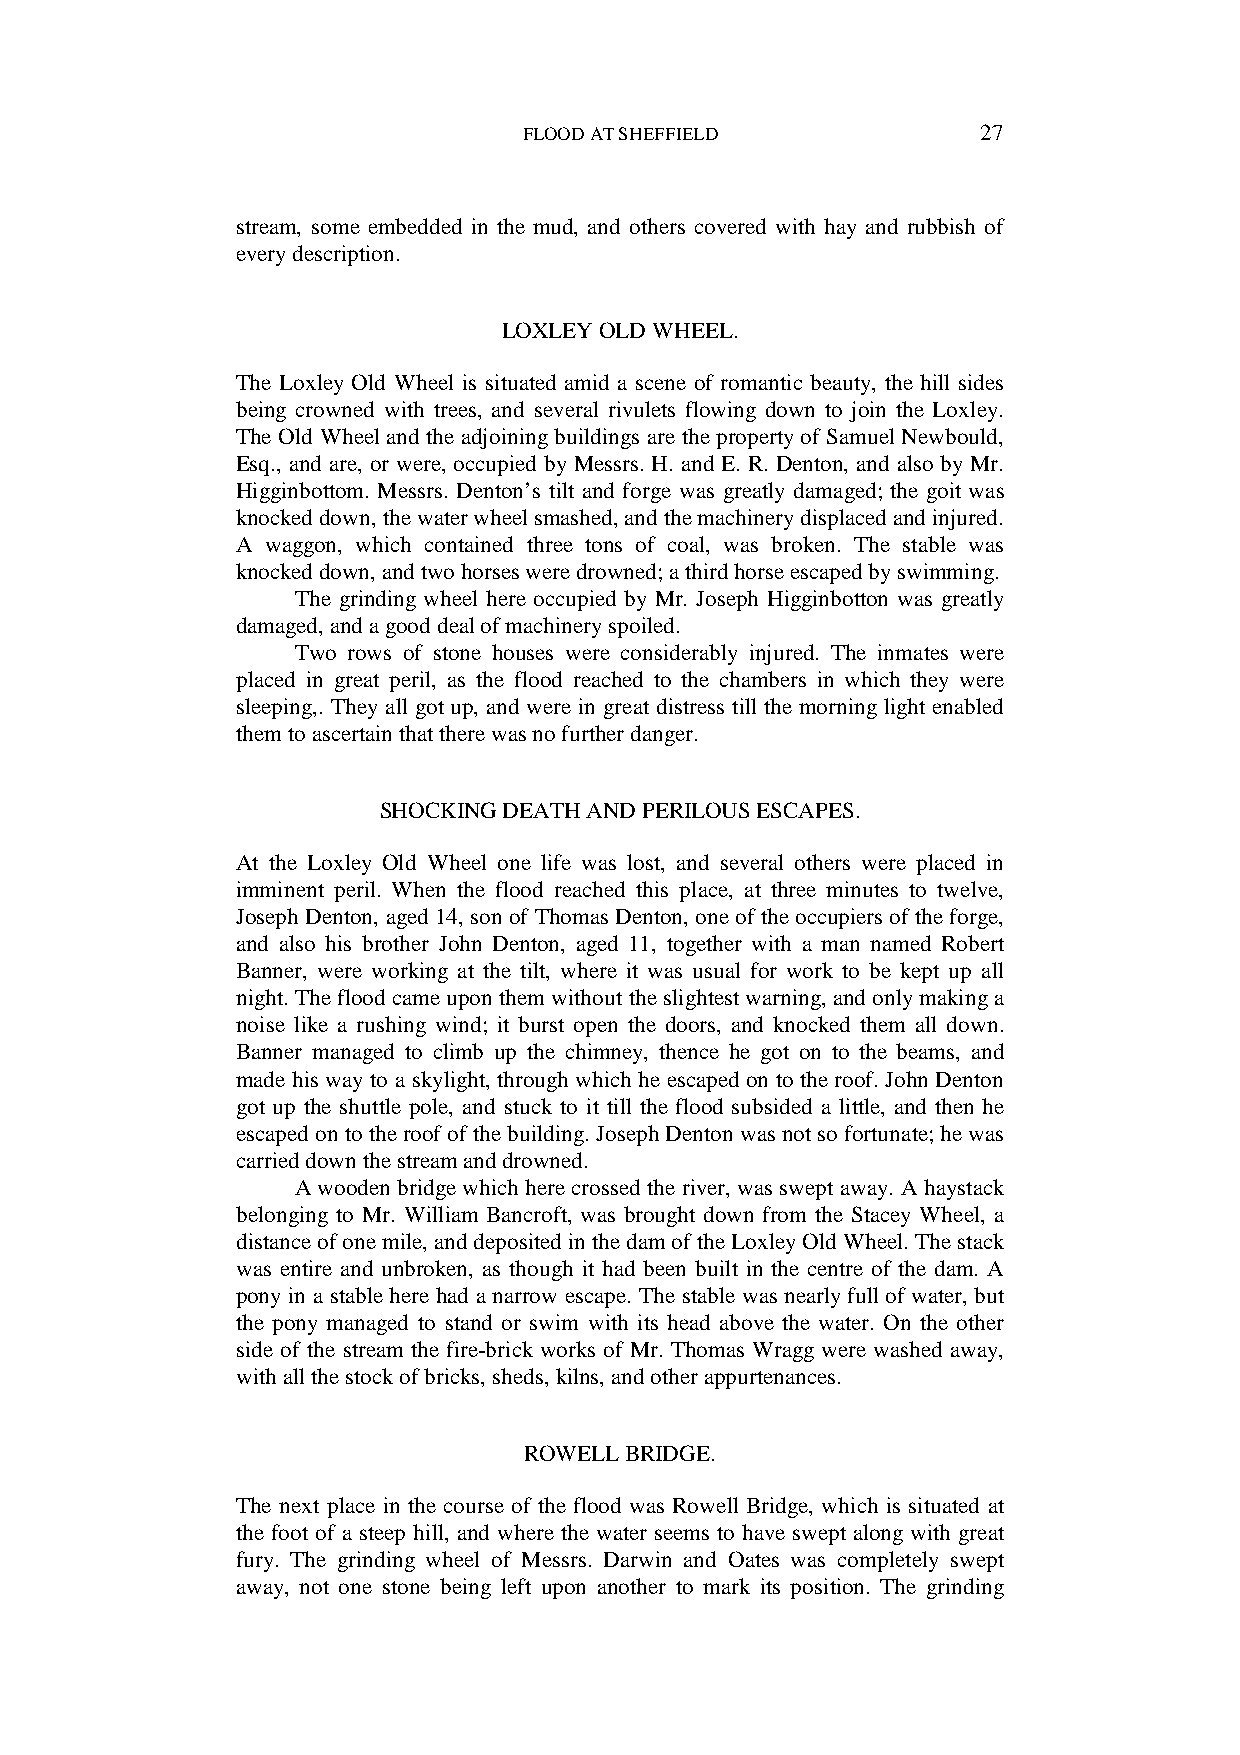
FLOOD AT SHEFFIELD            27
 stream, some embedded in the mud, and others covered with hay and rubbish of
 every description.
 LOXLEY OLD WHEEL.
 The Loxley Old Wheel is situated amid a scene of romantic beauty, the hill sides
 being crowned with trees, and several rivulets flowing down to join the Loxley.
 The Old Wheel and the adjoining buildings are the property of Samuel Newbould,
 Esq., and are, or were, occupied by Messrs. H. and E. R. Denton, and also by Mr.
 Higginbottom. Messrs. Denton’s tilt and forge was greatly damaged; the goit was
 knocked down, the water wheel smashed, and the machinery displaced and injured.
 A waggon, which contained three tons of coal, was broken. The stable was
 knocked down, and two horses were drowned; a third horse escaped by swimming.
 The grinding wheel here occupied by Mr. Joseph Higginbotton was greatly
 damaged, and a good deal of machinery spoiled.
 Two rows of stone houses were considerably injured. The inmates were
 placed in great peril, as the flood reached to the chambers in which they were
 sleeping,. They all got up, and were in great distress till the morning light enabled
 them to ascertain that there was no further danger.
 SHOCKING DEATH AND PERILOUS ESCAPES.
 At the Loxley Old Wheel one life was lost, and several others were placed in
 imminent peril. When the flood reached this place, at three minutes to twelve,
 Joseph Denton, aged 14, son of Thomas Denton, one of the occupiers of the forge,
 and also his brother John Denton, aged 11, together with a man named Robert
 Banner, were working at the tilt, where it was usual for work to be kept up all
 night. The flood came upon them without the slightest warning, and only making a
 noise like a rushing wind; it burst open the doors, and knocked them all down.
 Banner managed to climb up the chimney, thence he got on to the beams, and
 made his way to a skylight, through which he escaped on to the roof. John Denton
 got up the shuttle pole, and stuck to it till the flood subsided a little, and then he
 escaped on to the roof of the building. Joseph Denton was not so fortunate; he was
 carried down the stream and drowned.
 A wooden bridge which here crossed the river, was swept away. A haystack
 belonging to Mr. William Bancroft, was brought down from the Stacey Wheel, a
 distance of one mile, and deposited in the dam of the Loxley Old Wheel. The stack
 was entire and unbroken, as though it had been built in the centre of the dam. A
 pony in a stable here had a narrow escape. The stable was nearly full of water, but
 the pony managed to stand or swim with its head above the water. On the other
 side of the stream the fire-brick works of Mr. Thomas Wragg were washed away,
 with all the stock of bricks, sheds, kilns, and other appurtenances.
 ROWELL BRIDGE.
 The next place in the course of the flood was Rowell Bridge, which is situated at
 the foot of a steep hill, and where the water seems to have swept along with great
 fury. The grinding wheel of Messrs. Darwin and Oates was completely swept
 away, not one stone being left upon another to mark its position. The grinding